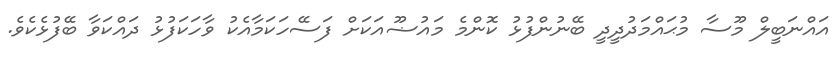
އައްނަބީލް މޫސާ މުޙައްމަދުދީދީ ބޭނުންފުޅު ކޮންމެ މައުޟޫއަކަށް ފަސޭހަކަމާއެކު ވާހަކަފުޅު ދައްކަވާ ބޭފުޅެކެވެ.